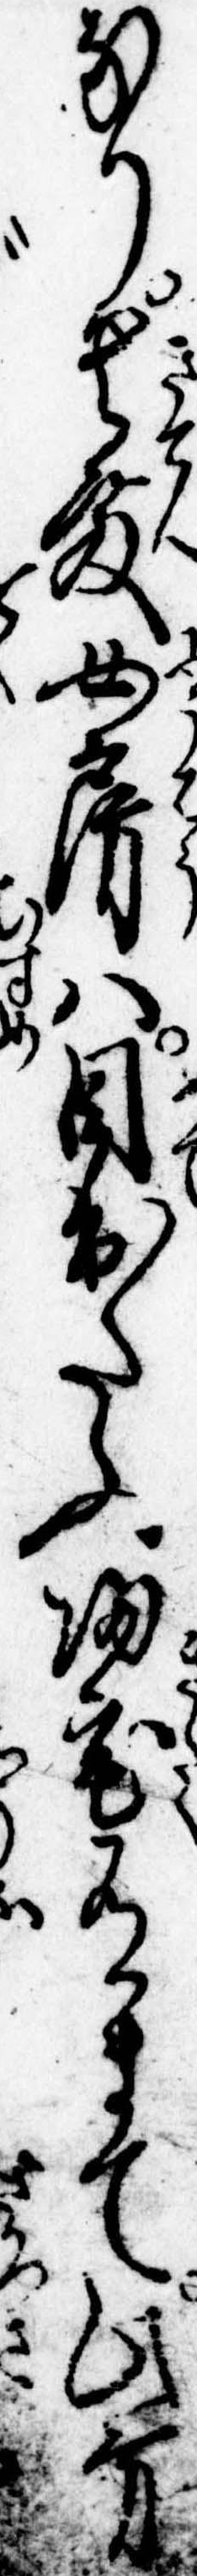
なり貴殿女房は目出たふ帰宅有まて此方